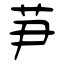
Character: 芛